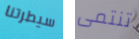
سيطرتنا تنتمى